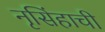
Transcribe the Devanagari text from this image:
नृसिंहाची